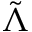
\tilde { \Lambda }